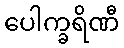
ပေါက္ခရိဏီ